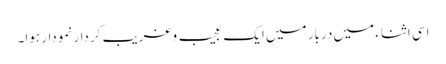
اسی اثناء میں دربار میں ایک عجیب وغریب کردار نمودار ہوا۔